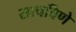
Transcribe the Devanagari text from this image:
साचविणे